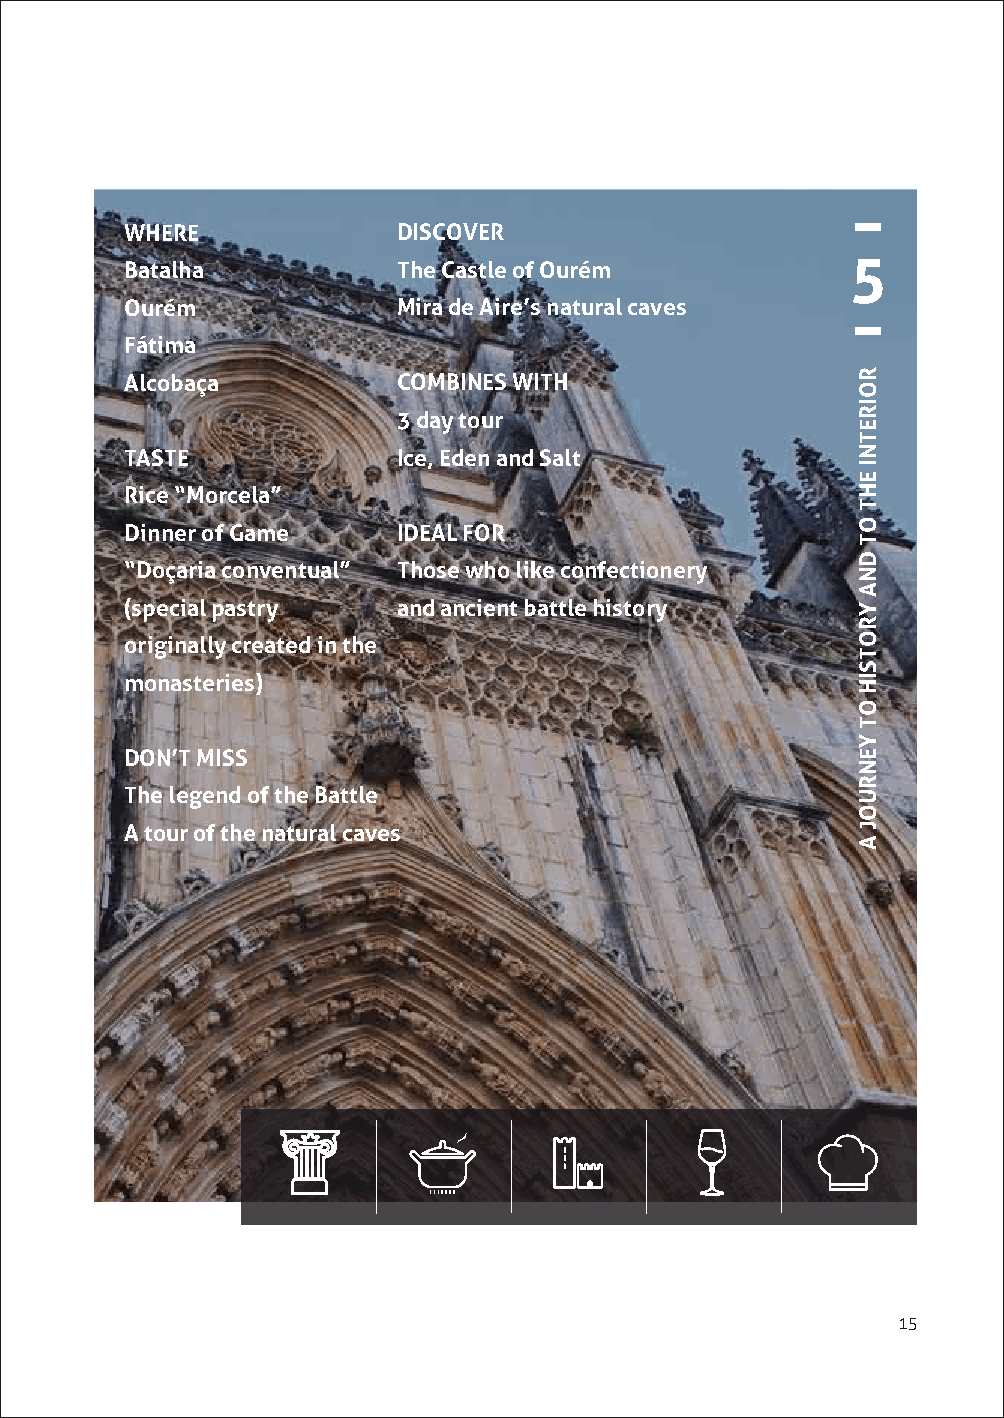
WHERE             DISCOVER
 5
 Batalha           The Castle of Ourém
 Ourém             Mira de Aire’s natural caves
 Fátima
 Alcobaça          COMBINES WITH
 3 day tour
 TASTE             Ice, Eden and Salt
 Rice “Morcela”
 Dinner of Game    IDEAL FOR
 “Doçaria conventual” Those who like confectionery
 (special pastry   and ancient battle history
 originally created in the
 monasteries)
 DON’T MISS
 The legend of the Battle
 A tour of the natural caves
 15
 ROIRETNI
 EHT
 OT
 DNA
 YROTSIH
 OT
 YENRUOJ
 A